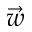
\vec { w }